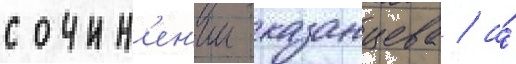
сочин'ен'ии казанцева / а́